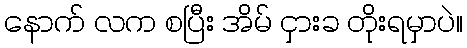
နောက် လက စပြီး အိမ် ငှားခ တိုးရမှာပဲ။